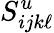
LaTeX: S_{ijk\ell}^{u}